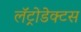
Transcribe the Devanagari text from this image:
लॅट्रोडेक्टस